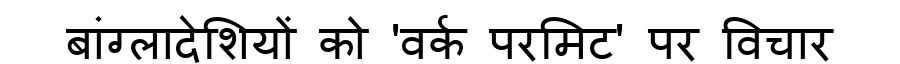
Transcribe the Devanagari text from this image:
बांग्लादेशियों को 'वर्क परमिट' पर विचार